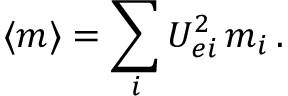
\langle { m } \rangle = \sum _ { i } U _ { e i } ^ { 2 } \, m _ { i } \, .